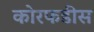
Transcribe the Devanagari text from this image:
कोरफडीस